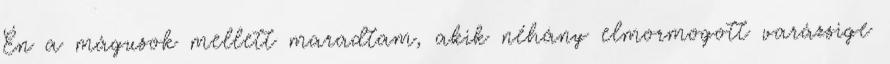
Én a mágusok mellett maradtam, akik néhány elmormogott varázsige